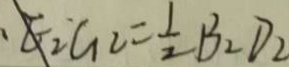
E _ { 2 } G _ { 2 } = \frac { 1 } { 2 } B _ { 2 } D _ { 2 }